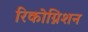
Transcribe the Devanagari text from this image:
रिकोग्निशन